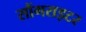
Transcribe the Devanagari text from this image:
सौंगराइटर